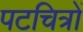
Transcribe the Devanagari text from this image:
पटचित्रों